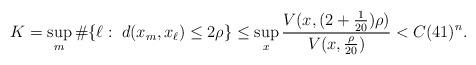
LaTeX: \begin{align*}K=\sup_m\#\{\ell:\;d(x_m,x_\ell)\le 2\rho\} \le \sup_x {V(x, (2+\frac{1}{20})\rho)\over V(x, \frac{\rho}{20})}< C (41)^n.\end{align*}